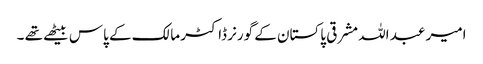
امیر عبد اللہ مشرقی پاکستان کے گورنر ڈاکٹر مالک کے پاس بیٹھے تھے ۔